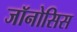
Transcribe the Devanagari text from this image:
जॉनोसिस